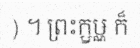
) ។ ព្រះក្ឫឞ្ណ ក៏